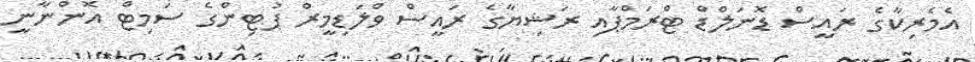
އެމެރިކާގެ ރައީސް ޑޮނަލްޑް ޓްރަމްޕާއި ރަޝިޔާގެ ރައީސް ވްލަޑިމީރް ޕުޓިންގެ ސަމިޓް އޮންނާނީ